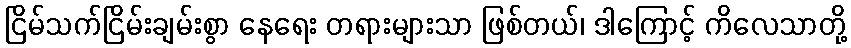
ငြိမ်သက်ငြိမ်းချမ်းစွာ နေရေး တရားများသာ ဖြစ်တယ်၊ ဒါကြောင့် ကိလေသာတို့